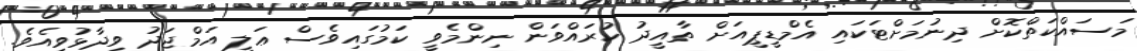
މަސައްކަތްކޮށް ދިނުމަށްޓަކައި އެމްޑީޕީއަށް ތާއީދު ކުރައްވަން ނިންމެވީ ކަމުގައިވެސް ޢަލީ އަމްޖަދު ވިދާޅުވިއެވެ.